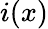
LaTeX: i(x)